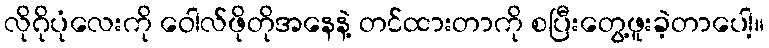
လိုဂိုပုံလေးကို ဝေါလ်ဖိုတိုအနေနဲ့ တင်ထားတာကို စပြီးတွေ့ဖူးခဲ့တာပေါ့။